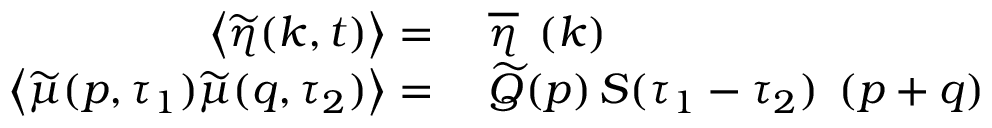
\begin{array} { r l } { \left< \widetilde { \eta } ( \boldsymbol { k } , t ) \right> = { } } & { { } \overline { { \eta } } \operatorname { \delta } ( \boldsymbol { k } ) } \\ { \left< \widetilde { \mu } ( \boldsymbol { p } , \tau _ { 1 } ) \widetilde { \mu } ( \boldsymbol { q } , \tau _ { 2 } ) \right> = { } } & { { } \widetilde { Q } \! \left( \boldsymbol { p } \right) S ( \tau _ { 1 } - \tau _ { 2 } ) \operatorname { \delta } ( \boldsymbol { p } + \boldsymbol { q } ) } \end{array}